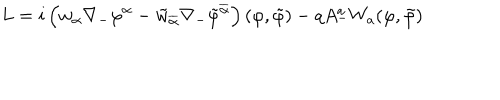
L = i \left( w _ { \alpha } \nabla _ { - } \varphi ^ { \alpha } - \tilde { w } _ { \overline { { { \alpha } } } } \nabla _ { - } \tilde { \varphi } ^ { \overline { { { \alpha } } } } \right) ( \varphi , \tilde { \varphi } ) - q A _ { - } ^ { a } { W } _ { a } ( \varphi , \tilde { \varphi } )